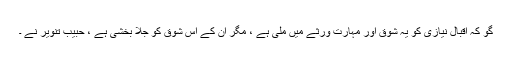
گو کہ اقبال نیازی کو یہ شوق اور مہارت ورثے میں ملی ہے ، مگر ان کے اس شوق کو جلا بخشی ہے ، حبیب تنویر نے ۔